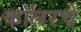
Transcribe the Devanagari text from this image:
कॉलरचे